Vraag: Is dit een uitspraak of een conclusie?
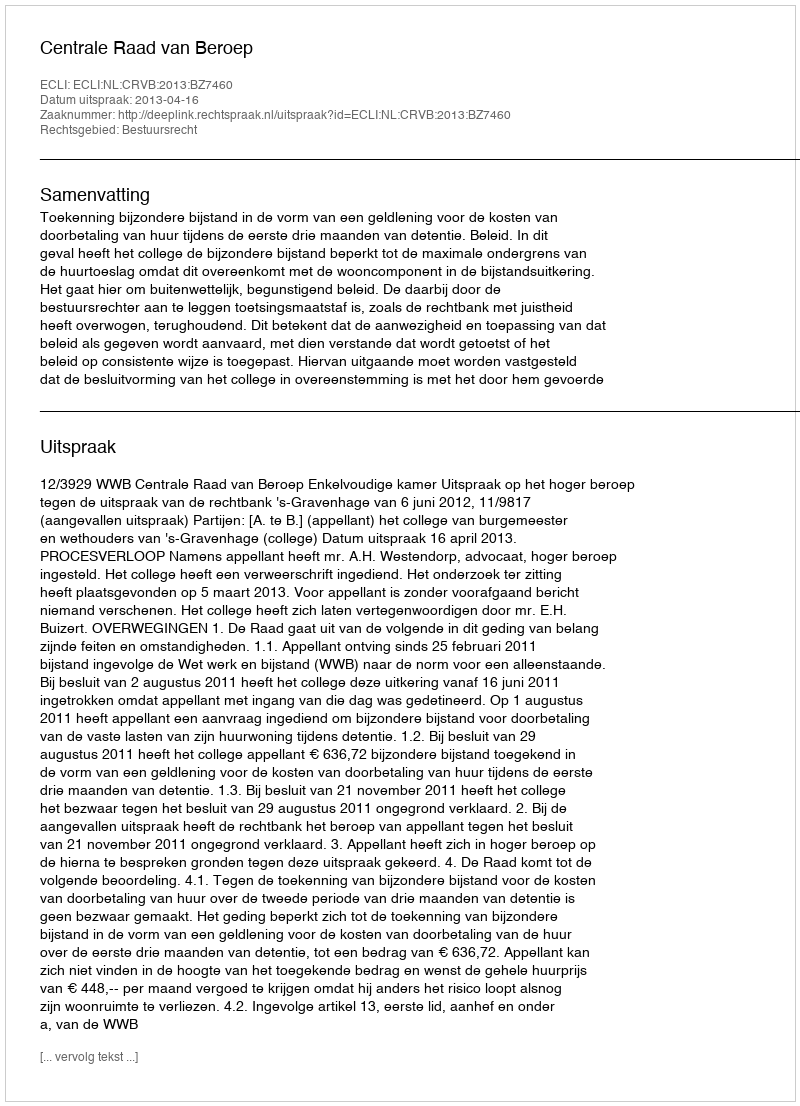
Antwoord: Uitspraak